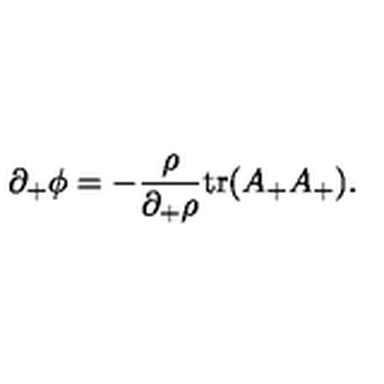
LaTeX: \partial _ { + } \phi = - { \frac { \rho } { \partial _ { + } \rho } } \mathrm { t r } ( A _ { + } A _ { + } ) .